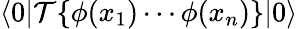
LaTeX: \langle 0|{\mathcal{T}}\{ \phi(x_{1})\cdots\phi(x_{n})\} |0\rangle